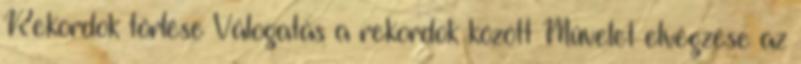
Rekordok törlése Válogatás a rekordok között Művelet elvégzése az